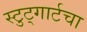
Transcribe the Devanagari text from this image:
स्टुट्गार्टचा